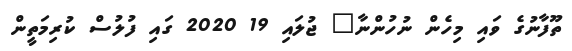
ތޫފާނުގެ ވައި މިހެން ނުހުންނާ" ޖުލައި 19 2020 ގައި ފުލުސް ކުރިމަތީން